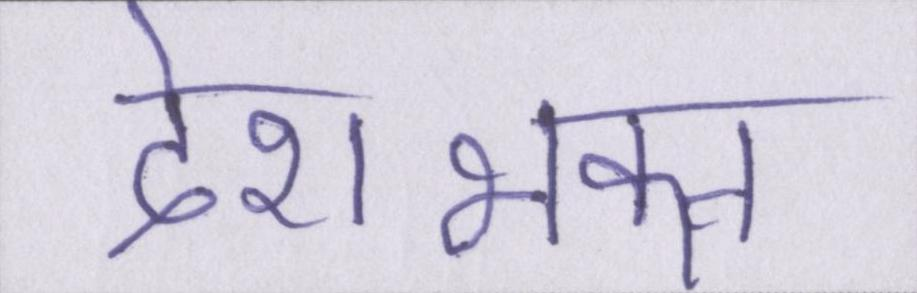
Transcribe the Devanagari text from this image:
देशभक्त